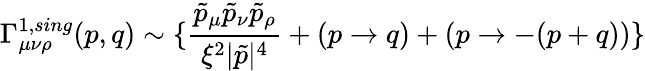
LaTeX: \Gamma_{\mu\nu\rho}^{1,sing}(p,q)\sim\{ \frac{\tilde{p}_{\mu}\tilde{p}_{\nu}\tilde{p}_{\rho}}{\xi^{2}|\tilde{p}|^{4}}+(p\rightarrow q)+(p\rightarrow-(p+q))\}